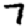
Digit: 7